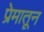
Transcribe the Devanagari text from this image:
प्रेमातून